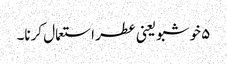
۵ خوشبو یعنی عطر استعمال کرنا۔